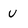
Character: U